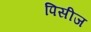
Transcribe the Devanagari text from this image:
पिसीज